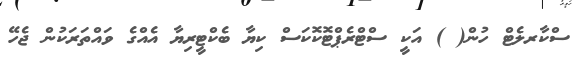
ސްކާރލެޓް ހުން( ) އަކީ ސްޓްރެޕްޓޮކޮކަސް ކިޔާ ބެކްޓީރިޔާ އެއްގެ ވައްތަރަކުން ޖެހޭ